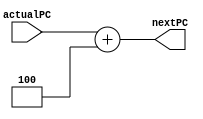
module PC_ALU (actualPC, nextPC);
  input [63:0] actualPC;
  output reg [63:0] nextPC;


  
  always @(actualPC) 
  begin
	nextPC <= actualPC + 3'b100;
  end

endmodule